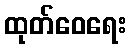
ထုတ်ဝေရေး